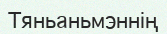
Тяньаньмэннің